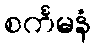
စင်္ကမနံ